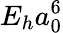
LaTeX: E_{h}a_{0}^{6}